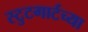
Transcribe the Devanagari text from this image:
स्टुटगार्टच्या